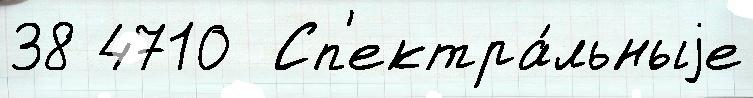
38 4710  Сп'ектра́льныjе